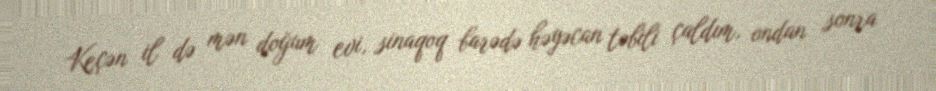
Keçən il də mən doğum evi, sinaqoq barədə həyəcan təbili çaldım, ondan sonra